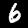
Label: 6